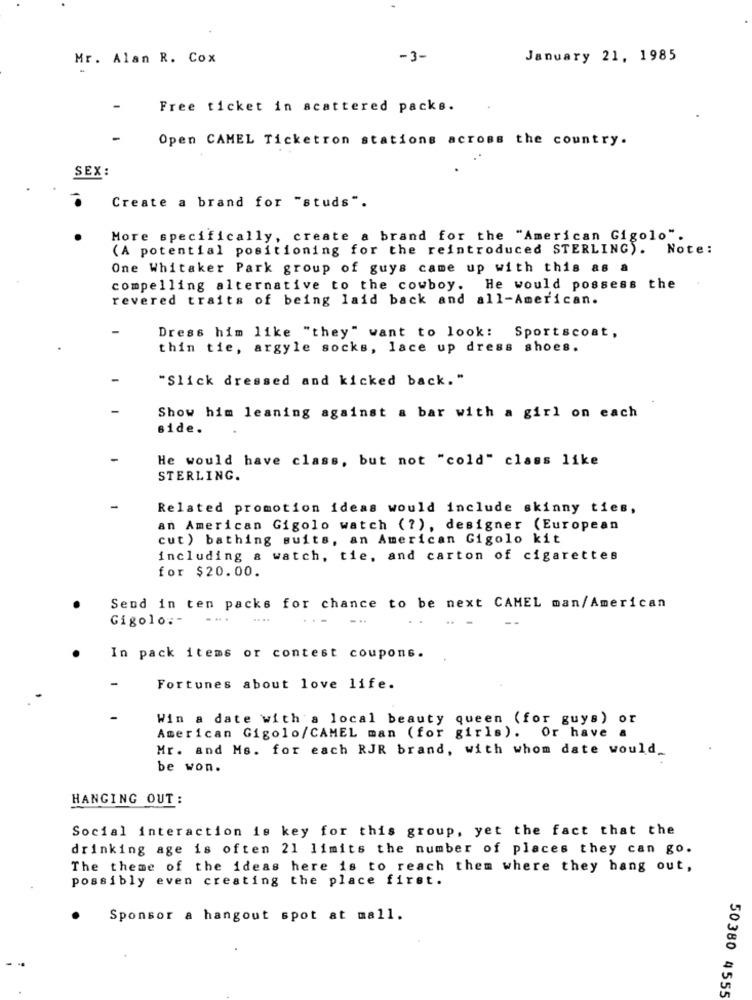
Mr. Alan R. Cox
-3-
January 21, 1985
Free ticket in scattered packs.
Open CAMEL Ticketron stations across the country.
SEX:
Create a brand for "studs".
More specifically, create a brand for the "American Gigolo".
(A potential positioning for the reintroduced STERLING).
Note:
One Whitaker Park group of guys came up with this as a
compelling alternative to the cowboy. He would possess the
revered traits of being laid back and all-American.
Dress him like "they" want to look: Sportscoat,
thin tie, argyle socks, lace up dress shoes.
"Slick dressed and kicked back."
Show him leaning against a bar with a girl on each
side.
He would have class, but not "cold" class like
STERLING.
Related promotion ideas would include skinny ties,
an American Gigolo watch (?), designer (European
cut) bathing suits, an American Gigolo kit
including & watch, tie, and carton of cigarettes
for $20.00.
Send in ten packs for chance to be next CAMEL man/American
Gigolo :-
-...
..
In pack items or contest coupons.
Fortunes about love life.
Win a date with a local beauty queen (for guys) or
American Gigolo/CAMEL man (for girls). Or have a
Mr. and Ms. for each RJR brand, with whom date would.
be won.
HANGING OUT :
Social interaction is key for this group, yet the fact that the
drinking age is often 21 limits the number of places they can go.
The theme of the ideas here is to reach them where they hang out,
possibly even creating the place first.
Sponsor a hangout spot at mall.
50380 4555